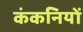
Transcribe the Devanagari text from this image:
कंकनियों